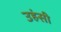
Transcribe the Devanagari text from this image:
उहंसी